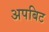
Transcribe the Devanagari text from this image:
अपबिट